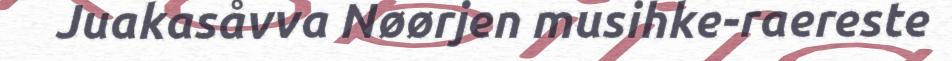
Juakasåvva Nøørjen musihke-raereste